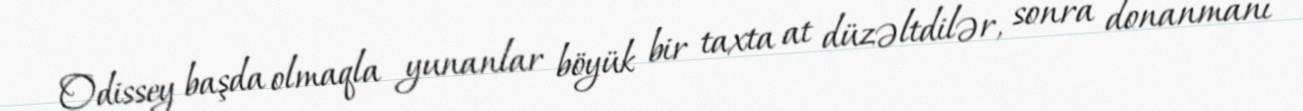
Odissey başda olmaqla yunanlar böyük bir taxta at düzəltdilər, sonra donanmanı